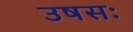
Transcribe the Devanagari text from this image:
उषसः